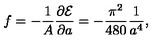
f = - { \frac { 1 } { A } } { \frac { \partial { \cal E } } { \partial a } } = - { \frac { \pi ^ { 2 } } { 4 8 0 } } { \frac { 1 } { a ^ { 4 } } } ,